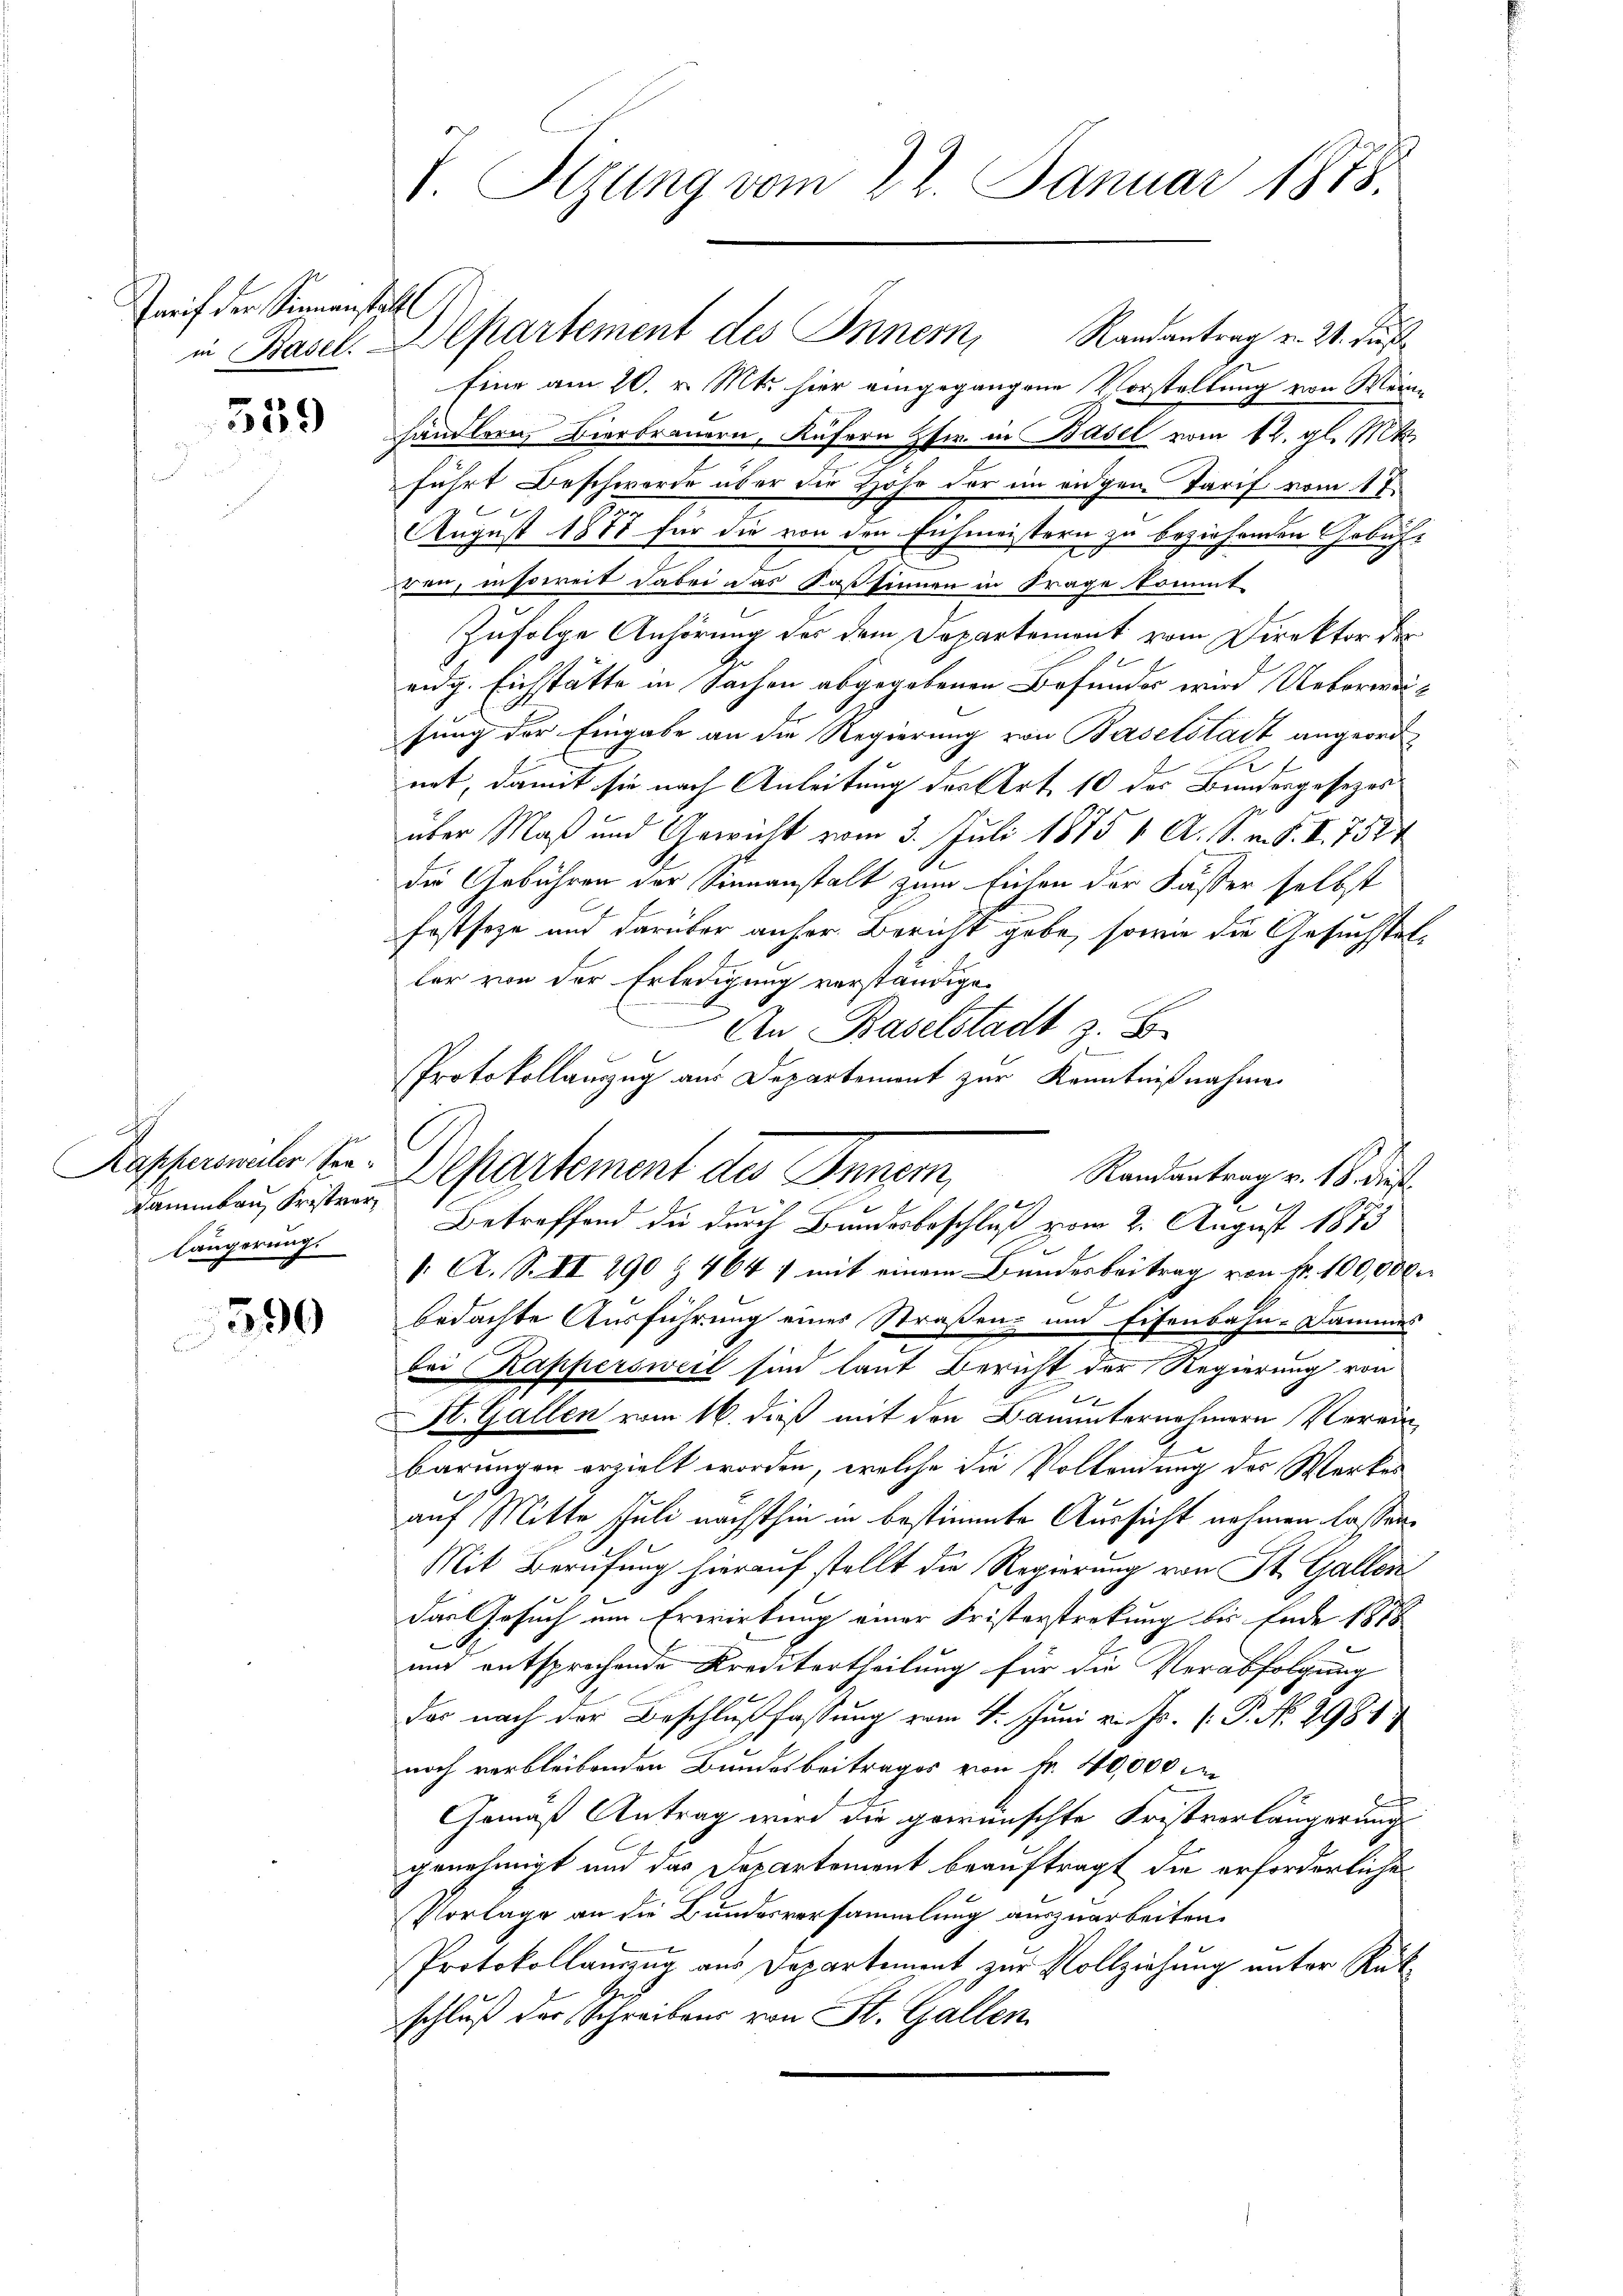
Tarif der Simmenstall

359

Nammbau, Fristver
längerung.

530

Eine am 20. v. Mts. hier eingegangene Vorstellung von Weinhändlern Bierbrauern, Küfern Zfw. in Basel vom 12. gl. M.
führt Beschwerde über die Hohe der im eigen Tarif vom 17.
August 1888 für die von den Eichmeistern zu beziehenden Gebühr
ven, insoweit dabei das Passinnen in Frage kommt.
Zufolge Anhörung des dem Departement vom Direktor der
eidg. Eichstätte in Sachen abgegebenen Befundes wird Ueberweisung der Eingabe an die Regierung von Baselstadt angeordnet, damit sie nach Anleitung des Art. 10 des Bundesgesezes
über Maß und Gericht vom 3. Juli 1875 1 A. S. m. S. II. 752
die Gebühren der Sinnanstalt zum Eichen der Fässer selbst
festseze und darüber anher Bericht gebe, sowie die Gesuchsteller von der Erledigung verständige.
An Baselstadt z. B.
n
Protokollauszug aus Departement zur Kenntnißnahme
Kassammler See. Departement des Inner,
Betreffend die durch Bundesbeschluß vom 2. August 1873
. A. S. II 290 & 464 1 mit einem Bundesbeitrag von Fr. 100,000 r
bedachte Ausführung eines Straßen- und Eisenbahn-Dammes
bei Kappersweil sind laut Bericht der Regierung von
n
St. Gallen vom 16. dieß mit den Bauunternehmern Vereinbarungen erzielt worden, welche die Vollendung des Werkes
.
auf Mitte Juli nächsthin in bestimmte Aussicht nehmen lassen.
Mit Berufung hierauf stellt die Regierung von St. Gallen
Das Gesuch um Erwirkung einer Fristerstreckung bis Ende 1878

und entsprochende Kreditertheilung für die Verabfolgung
das nach der Beschlußfassung vom 4. Juni v. Js. [ P. No. 2981
noch verbleibenden Bundesbeitrages von Fr. 40,000 M
Gemäß Antrag wird die gewünschte Fristverlängerung
genehmigt und das Departement beauftragt die erforderliche
Vorlage an die Bundesversammlung auszuarbeiten.
Protokollauszug aus Departement zur Vollziehung unter Rükschluß der Schreibens von St. Gallen,

I Sizung vom 22. Januar 1878.

in Basel. Departement des Innern, Randantrag v. 24. Fuß

Randantrag v. 18. dies